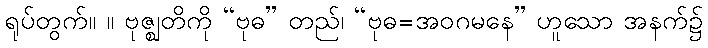
ရုပ်တွက်။ ။ ဗုဇ္ဈတိကို “ဗုဓ” တည်၊ “ဗုဓ=အဝဂမနေ” ဟူသော အနက်၌